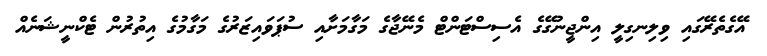
އޭގެތެރޭގައި ވިލިނގިލީ އިންޖީނުގޭގެ އެސިސްޓަންޓް މެނޭޖާގެ މަގާމަށާއި ސުޕަވައިޒަރުގެ މަގާމުގެ އިތުރުން ޓެކްނީޝަނެއް